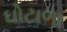
ઘોટાળા